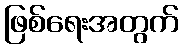
ဖြစ်ရေးအတွက်